Vaccination North-Western Provinces and Oudh 1896-1901 - 1896-1901
Year: 1896
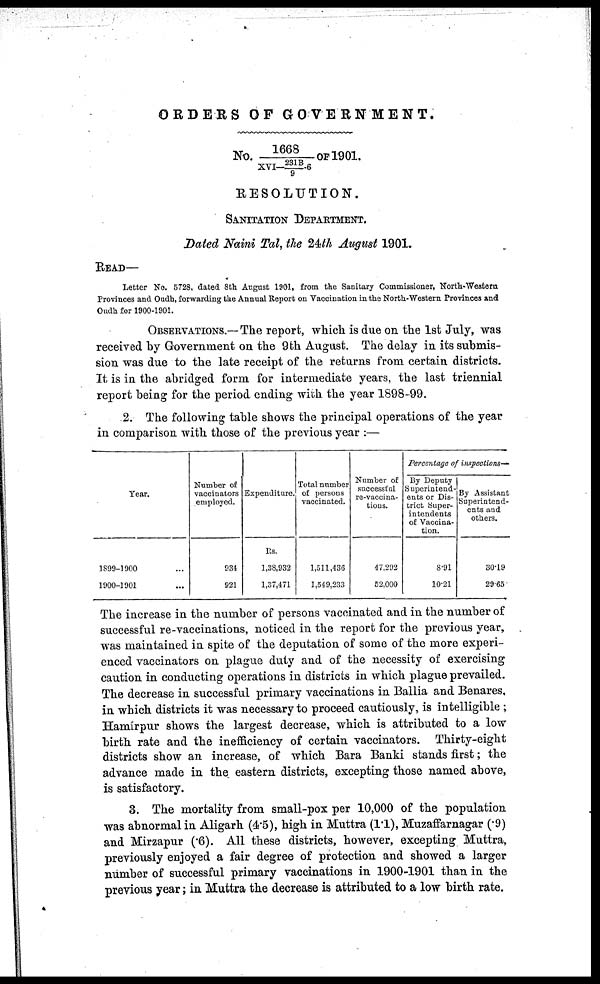
ORDERS OF GOVERNMENT.
No. 1668/XVI—231B/9-6
RESOLUTION.
SANTIATION DEPARTMENT.
Dated Naini Tal, the 24th August 1901.
READ—
Letter No. 5728, dated 8th August 1901, from the Sanitary Commissioner, North-Western
Provinces and Oudh, forwarding the Annual Report on Vaccination in the North-Western Provinces and
Oudh for 1900-1901.
OBSERVATIONS.— The report, which is due on the 1st July, was
received by Government on the 9th August. The delay in its submis-
sion was due to the late receipt of the returns from certain districts.
It is in the abridged form for intermediate years, the last triennial
report being for the period ending with the year 1898-99.
2. The following table shows the principal operations of the year
in comparison with those of the previous year :—
Year.
1899-1900 ...
1900-1901 ...
Number of
vaccinators
employed.
934
921
Expenditure.
Rs.
1,38,932
1,37,471
Total number
of persons
vaccinated.
1,511,436
1,549,233
Number of
successful
re-vaccina-
tions.
47,292
52,000
Percentage of inspections—
By Deputy
Superintend-
ents or Dis-
trict Super-
intendents
of Vaccina-
tion.
8.91
10.21
By Assistant
Superintend-
ents and
others.
30.19
29.65
The increase in the number of persons vaccinated and in the number of
successful re-vaccinations, noticed in the report for the previous year,
was maintained in spite of the deputation of some of the more experi-
enced vaccinators on plague duty and of the necessity of exercising
caution in conducting operations in districts in which plague prevailed.
The decrease in successful primary vaccinations in Ballia and Benares,
in which districts it was necessary to proceed cautiously, is intelligible ;
Hamírpur shows the largest decrease, which is attributed to a low
birth rate and the inefficiency of certain vaccinators. Thirty-eight
districts show an increase, of which Bara Banki stands first; the
advance made in the eastern districts, excepting those named above,
is satisfactory.
3. The mortality from small-pox per 10,000 of the population
was abnormal in Aligarh (4.5), high in Muttra (1.1), Muzaffarnagar (.9)
and Mirzapur (.6). All these districts, however, excepting Muttra,
previously enjoyed a fair degree of protection and showed a larger
number of successful primary vaccinations in 1900-1901 than in the
previous year; in Muttra the decrease is attributed to a low birth rate.